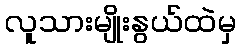
လူသားမျိုးနွယ်ထဲမှ